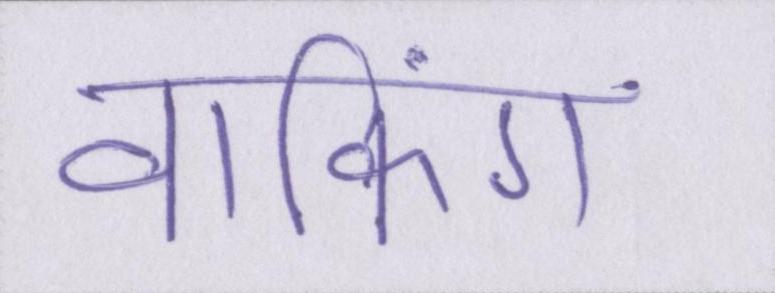
वाकिंग